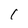
Character: 1